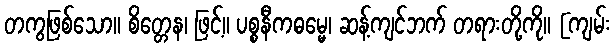
တကွဖြစ်သော။ စိတ္တေန၊ ဖြင့်။ ပစ္စနီကဓမ္မေ၊ ဆန့်ကျင်ဘက် တရားတို့ကို။ [ကျမ်း